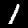
Label: 1